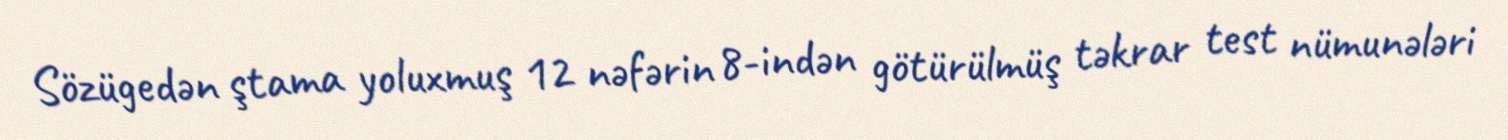
Sözügedən ştama yoluxmuş 12 nəfərin 8-indən götürülmüş təkrar test nümunələri